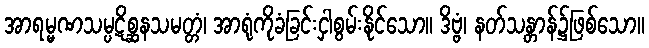
အာရမ္မဏသမ္ပဋိစ္ဆနသမတ္တံ၊ အာရုံကိုခံခြင်းငှါစွမ်းနိုင်သော။ ဒိဗ္ဗံ၊ နတ်သန္တာန်၌ဖြစ်သော။